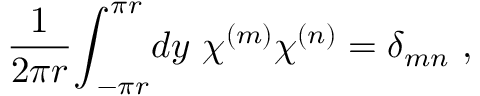
\frac { 1 } { 2 \pi r } { \int } _ { \! \! \! - \pi r } ^ { \pi r } d y ~ \chi ^ { ( m ) } \chi ^ { ( n ) } = \delta _ { m n } ~ ,